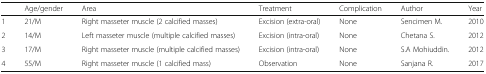
<table><thead><tr><td></td><td><b>Age/gender</b></td><td><b>Area</b></td><td><b>Treatment</b></td><td><b>Complication</b></td><td><b>Author</b></td><td><b>Year</b></td></tr></thead><tbody><tr><td>1</td><td>21/M</td><td>Right masseter muscle (2 calcified masses)</td><td>Excision (extra-oral)</td><td>None</td><td>Sencimen M.</td><td>2010</td></tr><tr><td>2</td><td>14/M</td><td>Left masseter muscle (multiple calcified masses)</td><td>Excision (intra-oral)</td><td>None</td><td>Chetana S.</td><td>2012</td></tr><tr><td>3</td><td>17/M</td><td>Right masseter muscle (multiple calcified masses)</td><td>Excision (intra-oral)</td><td>None</td><td>S.A Mohiuddin.</td><td>2012</td></tr><tr><td>4</td><td>55/M</td><td>Right masseter muscle (1 calcified mass)</td><td>Observation</td><td>None</td><td>Sanjana R.</td><td>2017</td></tr></tbody></table>